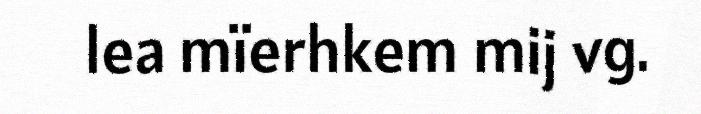
lea mïerhkem mij vg.